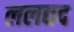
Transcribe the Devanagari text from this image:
ललद्यद